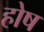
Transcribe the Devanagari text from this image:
होष